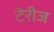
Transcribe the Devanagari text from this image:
टेरीज